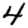
Digit: 4